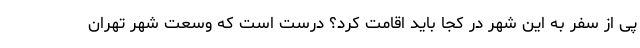
پی از سفر به این شهر در کجا باید اقامت کرد؟ درست است که وسعت شهر تهران